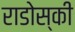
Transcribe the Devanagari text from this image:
राडोस्की